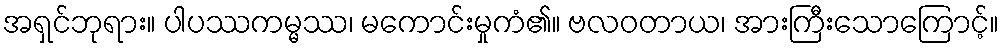
အရှင်ဘုရား။ ပါပဿကမ္မဿ၊ မကောင်းမှုကံ၏။ ဗလဝတာယ၊ အားကြီးသောကြောင့်။